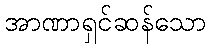
အာဏာရှင်ဆန်သော